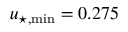
u _ { \star , \mathrm { m i n } } = 0 . 2 7 5